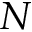
N